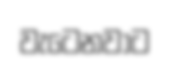
වැටෙනවාට